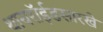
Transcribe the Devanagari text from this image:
थायरॉईडसारखे